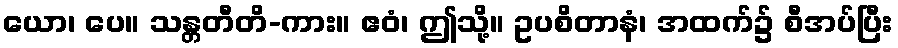
ယော၊ ပေ။ သန္တတီတိ-ကား။ ဧဝံ၊ ဤသို့။ ဥပစိတာနံ၊ အထက်၌ စီအပ်ပြီး